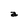
Character: a